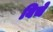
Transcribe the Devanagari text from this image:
बिचे